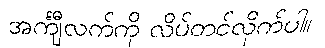
အင်္ကျီလက်ကို လိပ်တင်လိုက်ပါ။